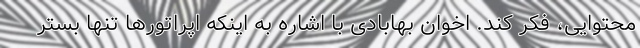
محتوایی، فکر کند. اخوان بهابادی با اشاره به اینکه اپراتورها تنها بستر